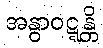
အနွာဝဋ္ဋန္တိ